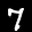
Label: 7